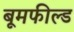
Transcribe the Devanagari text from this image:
बूमफील्ड